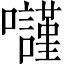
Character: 𡄾